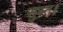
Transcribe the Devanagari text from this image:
सुस्त॥